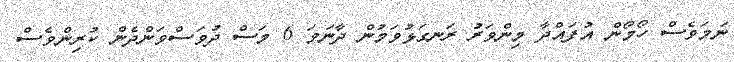
ނަމަވެސް ހޯމޯން އުފައްދާ މިންވަރު ރަނގަޅުވަމުން ދާނަމަ 6 މަސް ދުވަސްވަންދެން ކުރިންވެސް